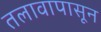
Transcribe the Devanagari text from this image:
तलावापासून